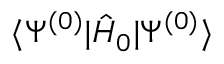
\langle \Psi ^ { ( 0 ) } | \hat { H } _ { 0 } | \Psi ^ { ( 0 ) } \rangle